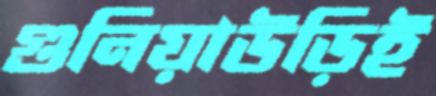
গুনিয়াউড়িই